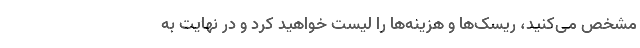
مشخص می‌کنید، ریسک‌ها و هزینه‌ها را لیست خواهید کرد و در نهایت به